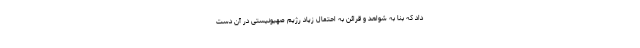
داد که بنا به شواهد و قرائن به احتمال زیاد رژیم صهیونیستی در آن دست